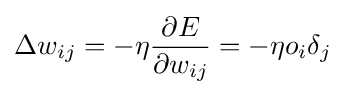
\Delta w_{ij}=-\eta {\frac {\partial E}{\partial w_{ij}}}=-\eta o_{i}\delta _{j}